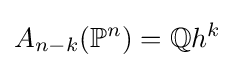
A_{n-k}(\mathbb {P} ^{n})=\mathbb {Q} h^{k}